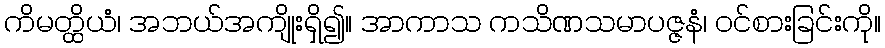
ကိမတ္ထိယံ၊ အဘယ်အကျိုးရှိ၍။ အာကာသ ကသိဏသမာပဇ္ဇနံ၊ ဝင်စားခြင်းကို။